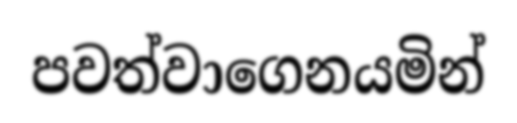
පවත්වාගෙනයමින්